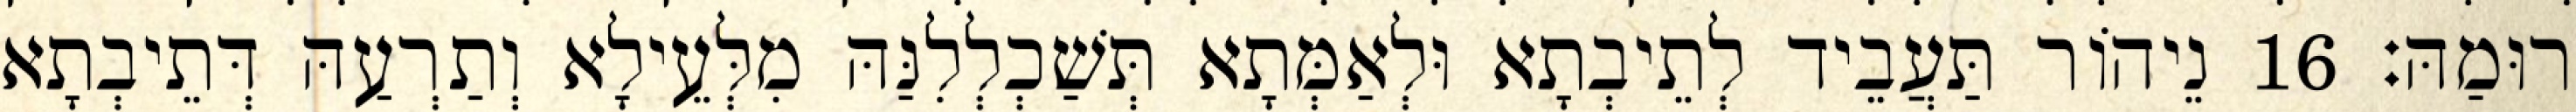
רוּמַהּ׃ 16 נֵיהוֹר תַּעֲבֵיד לְתֵיבְתָא וּלְאַמְּתָא תְּשַׁכְלְלִנַּהּ מִלְּעֵילָא וְתַרְעַהּ דְּתֵיבְתָא